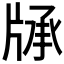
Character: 𤗓